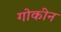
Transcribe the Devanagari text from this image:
गोकीन